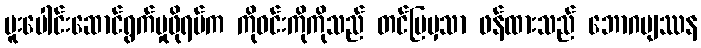
ပူးပေါင်းဆောင်ရွက်မှုဖိုရမ်က ကိုဝင်းကိုကိုသည် တင်ပြမှသာ ဖန်ထားသည် ဘောဂဗျဿန